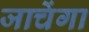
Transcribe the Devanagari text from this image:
जाचेंगा